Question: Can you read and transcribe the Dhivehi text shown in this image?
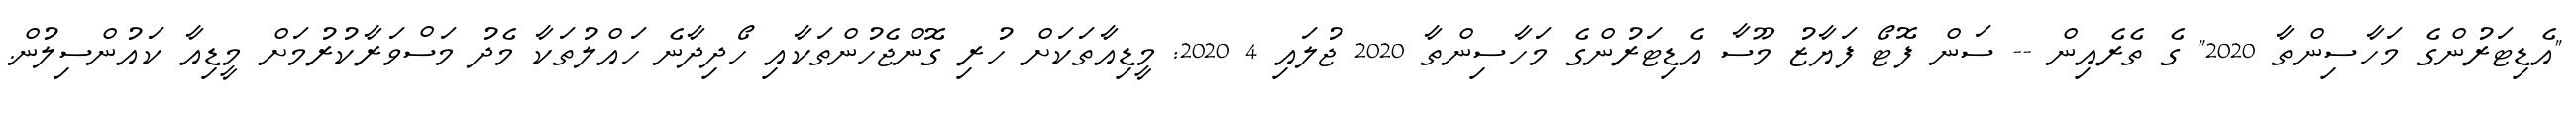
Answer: "އެޑިޓަރުންގެ މަހާސިންތާ 2020" ގެ ތެރެއިން -- ސަން ފޮޓޯ ފަޔާޒު މޫސާ އެޑިޓަރުންގެ މަހާސިންތާ 2020 ޖުލައި 4 2020: މީޑިއާތަކަށް ހުރި ގޮންޖެހުންތަކާއި ހޯދިދާނެ ހައްލުތަކާ މެދު މަސްވަރާކުރުމަށް މީޑިއާ ކައުންސިލުން.